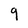
Character: 9